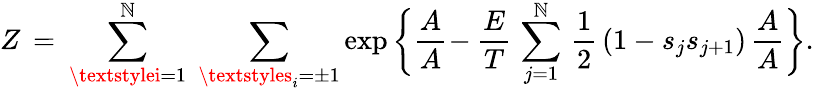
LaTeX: Z\, =\: \sum_{\textstylei=1}^{\mathbb{N}}\; \sum_{\textstyles_{i}=\pm1}\exp\left\lbrace\vphantom{}{{\frac{{A}}{{A}}}}\right.\! -\frac{{E}}{{T}}\, \sum_{j=1}^{\mathbb{N}}\, \frac{{1}}{{2}}\, (1-s_{j}s_{j+1})\left.\vphantom{}{{\frac{{A}}{{A}}}}\right\rbrace.